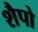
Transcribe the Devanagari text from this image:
शैपो